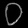
Digit: ၀